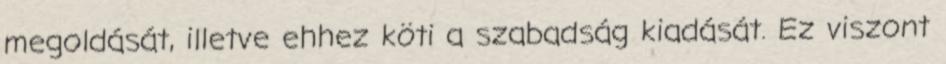
megoldását, illetve ehhez köti a szabadság kiadását. Ez viszont